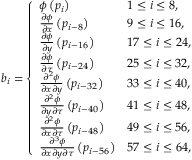
b _ { i } = \left\{ \begin{array} { l l } { \phi \left( p _ { i } \right) } & { 1 \leq i \leq 8 , } \\ { \frac { \partial \phi } { \partial x } \left( p _ { i - 8 } \right) } & { 9 \leq i \leq 1 6 , } \\ { \frac { \partial \phi } { \partial y } \left( p _ { i - 1 6 } \right) } & { 1 7 \leq i \leq 2 4 , } \\ { \frac { \partial \phi } { \partial \tau } \left( p _ { i - 2 4 } \right) } & { 2 5 \leq i \leq 3 2 , } \\ { \frac { \partial ^ { 2 } \phi } { \partial x \partial y } \left( p _ { i - 3 2 } \right) } & { 3 3 \leq i \leq 4 0 , } \\ { \frac { \partial ^ { 2 } \phi } { \partial y \partial \tau } \left( p _ { i - 4 0 } \right) } & { 4 1 \leq i \leq 4 8 , } \\ { \frac { \partial ^ { 2 } \phi } { \partial x \partial \tau } \left( p _ { i - 4 8 } \right) } & { 4 9 \leq i \leq 5 6 , } \\ { \frac { \partial ^ { 3 } \phi } { \partial x \partial y \partial \tau } \left( p _ { i - 5 6 } \right) } & { 5 7 \leq i \leq 6 4 , } \end{array} \right.